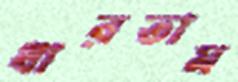
ধারতাম